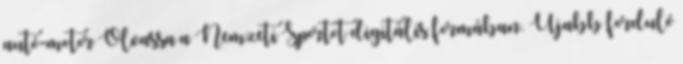
autó-motor Olvassa a Nemzeti Sportot digitális formában. Újabb forduló